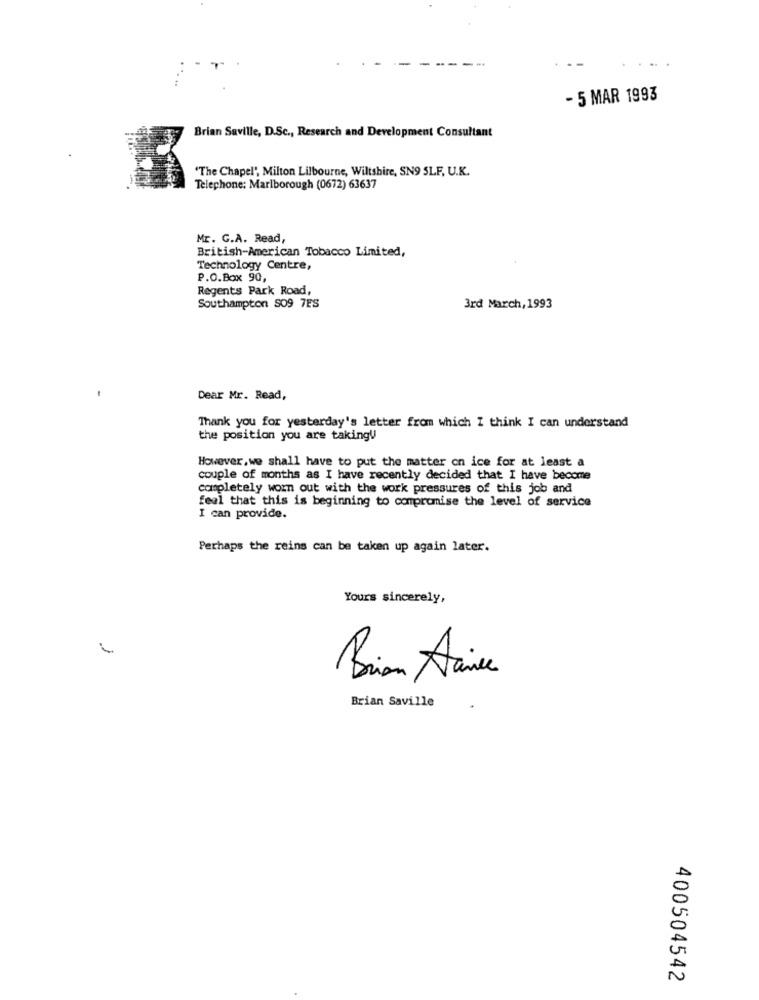
- 5 MAR 1993
Brian Saville, D.Sc ., Research and Development Consultant
"The Chapel', Milton Lilbourne, Wiltshire, SN9 SLF. U.K.
Telephone: Marlborough (0672) 63637
Mr. G.A. Read,
British-American Tobacco Limited,
Technology Centre,
P.O.Box 90,
Regents Park Road,
Southampton S09 7ES
3rd March, 1993
Dear Mr. Read,
Thank you for yesterday's letter from which I think I can understand
the position you are taking!
However, we shall have to put the matter on ice for at least a
couple of months as I have recently decided that I have become
completely worn out with the work pressures of this job and
feel that this is beginning to compromise the level of service
I can provide.
Perhaps the reins can be taken up again later.
Yours sincerely,
Brian Aree
Brian Saville
400504542